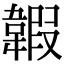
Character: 䪗